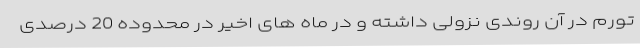
تورم در آن روندی نزولی داشته و در ماه های اخیر در محدوده 20 درصدی